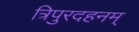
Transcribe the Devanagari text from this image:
त्रिपुरदहनम्